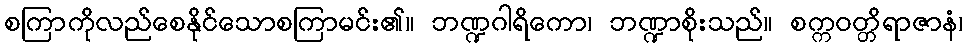
စကြာကိုလည်စေနိုင်သောစကြာမင်း၏။ ဘဏ္ဍဂါရိကော၊ ဘဏ္ဍာစိုးသည်။ စက္ကဝတ္တိရာဇာနံ၊